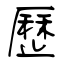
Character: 歷